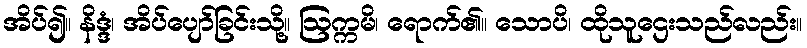
အိပ်၍။ နိဒ္ဒံ၊ အိပ်ပျော်ခြင်းသို့။ ဩက္ကမိ၊ ရောက်၏။ သောပိ၊ ထိုသူဌေးသည်လည်း။